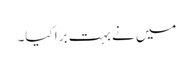
میں نے بہت برا کیا۔